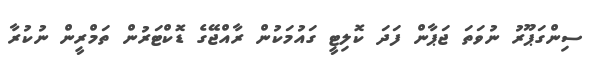
ސިންގަޕޫރު ނުވަތަ ޖަޕާން ފަދަ ކޮލިޓީ ގައުމަކުން ރާއްޖޭގެ ޑޮކްޓަރުން ތަމްރީން ނުކުރާ